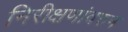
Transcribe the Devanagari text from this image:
निरीक्षणांवरुन